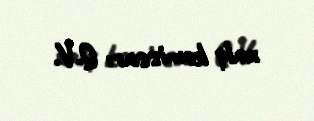
xalq komissarı Q.V.